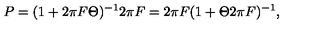
P = ( 1 + 2 \pi F \Theta ) ^ { - 1 } 2 \pi F = 2 \pi F ( 1 + \Theta 2 \pi F ) ^ { - 1 } ,